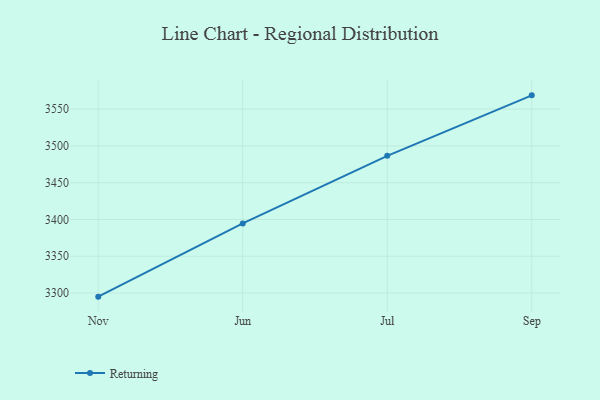
{"axis": {"x": "Month", "y": "Waste Production (Tons)"}, "legend": ["Returning"], "data": [{"x": "Nov", "y": 3295.1, "type": "Returning"}, {"x": "Jun", "y": 3394.6, "type": "Returning"}, {"x": "Jul", "y": 3486.5, "type": "Returning"}, {"x": "Sep", "y": 3568.7, "type": "Returning"}]}